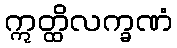
ဣတ္ထိလက္ခဏံ